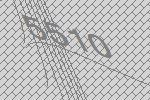
5510